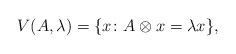
\begin{align*}V(A,\lambda)=\{x\colon A\otimes x=\lambda x\},\end{align*}